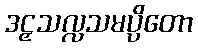
ဒဠှသလ္လသမပ္ပိတော